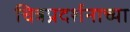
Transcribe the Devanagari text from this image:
चित्रप्रदर्शनाच्या